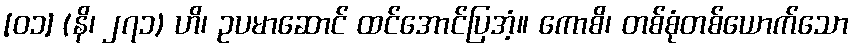
[၀၁] (နိ၊ ၂၇၁) ဟိ၊ ဥပမာဆောင် ထင်အောင်ပြအံ့။ ကောစိ၊ တစ်စုံတစ်ယောက်သော